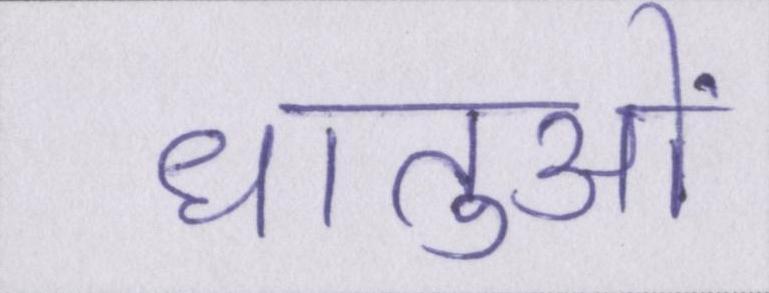
धातुओं